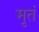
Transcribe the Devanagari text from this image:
मृतं